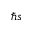
\hbar s